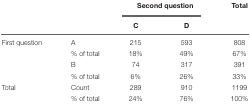
<table><thead><tr><td></td><td></td><td colspan="2"><b>Second question</b></td><td><b>Total</b></td></tr><tr><td></td><td></td><td><b>C</b></td><td><b>D</b></td><td></td></tr></thead><tbody><tr><td>First question</td><td>A</td><td>215</td><td>593</td><td>808</td></tr><tr><td></td><td>% of total</td><td>18%</td><td>49%</td><td>67%</td></tr><tr><td></td><td>B</td><td>74</td><td>317</td><td>391</td></tr><tr><td></td><td>% of total</td><td>6%</td><td>26%</td><td>33%</td></tr><tr><td>Total</td><td>Count</td><td>289</td><td>910</td><td>1199</td></tr><tr><td></td><td>% of total</td><td>24%</td><td>76%</td><td>100%</td></tr></tbody></table>